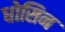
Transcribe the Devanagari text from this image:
धोसिन